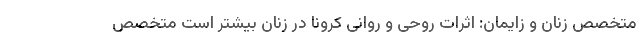
متخصص زنان و زایمان: اثرات روحی و روانی کرونا در زنان بیشتر است متخصص